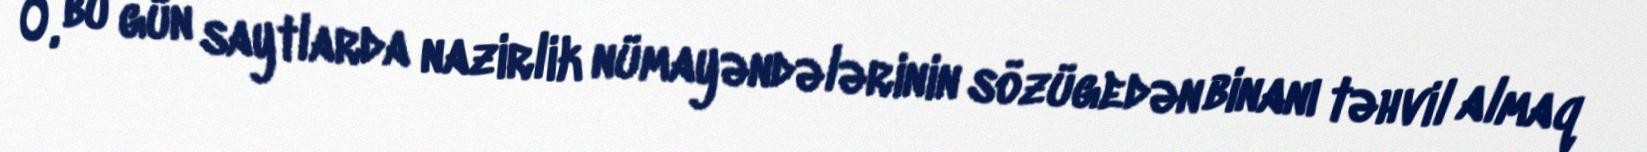
O, bu gün saytlarda nazirlik nümayəndələrinin sözügedən binanı təhvil almaq